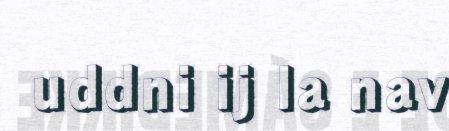
uddni ij la nav